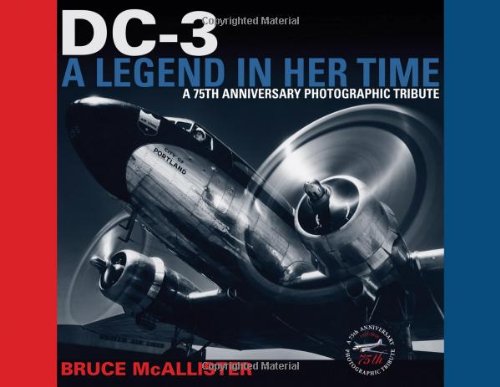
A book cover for DC-3: A Legend in Her Time: A 75th Anniversary Photographic Tribute; Bruce McAllister; Arts & Photography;